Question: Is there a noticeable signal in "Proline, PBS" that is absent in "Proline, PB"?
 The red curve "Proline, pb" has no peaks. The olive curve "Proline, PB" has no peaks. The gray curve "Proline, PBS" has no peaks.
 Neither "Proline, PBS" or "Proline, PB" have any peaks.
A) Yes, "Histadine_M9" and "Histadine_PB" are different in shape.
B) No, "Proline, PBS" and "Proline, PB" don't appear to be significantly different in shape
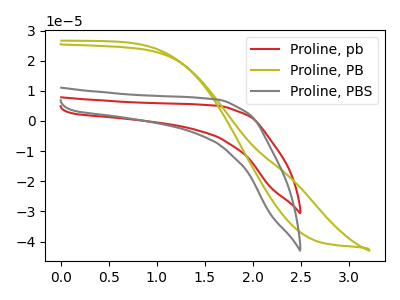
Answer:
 <answer>B) No, "Proline, PBS" and "Proline, PB" don't appear to be significantly different in shape</answer>
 <eval>B</eval>